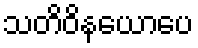
သတိဝိနယောပေ